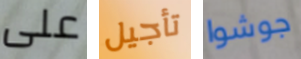
على تأجيل جوشوا